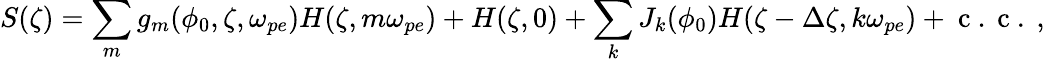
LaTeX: S(\zeta)=\sum_{m}g_{m}(\phi_{0},\zeta,\omega_{pe})H(\zeta,m\omega_{pe})+H(\zeta,0)+\sum_{k}J_{k}(\phi_{0})H(\zeta-\Delta\zeta,k\omega_{pe})+\mathrm{~c~.~c~.~},